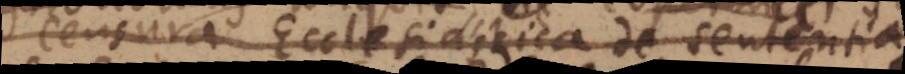
censura Ecclesiastica de sententia